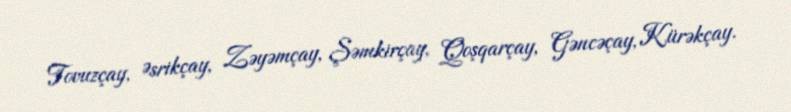
Tovuzçay, Əsrikçay, Zəyəmçay, Şəmkirçay, Qoşqarçay, Gəncəçay, Kürəkçay.